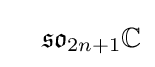
\quad {\mathfrak {so}}_{2n+1}\mathbb {C}